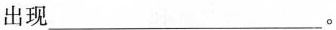
出现___。